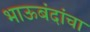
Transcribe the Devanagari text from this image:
भाऊबंदांचा